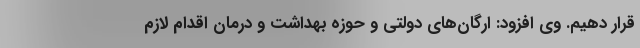
قرار دهیم. وی افزود: ارگان‌های دولتی و حوزه بهداشت و درمان اقدام لازم